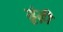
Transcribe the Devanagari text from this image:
ढूंढ़ी